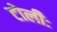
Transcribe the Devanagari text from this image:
टोलीः